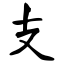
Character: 支